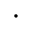
\cdot